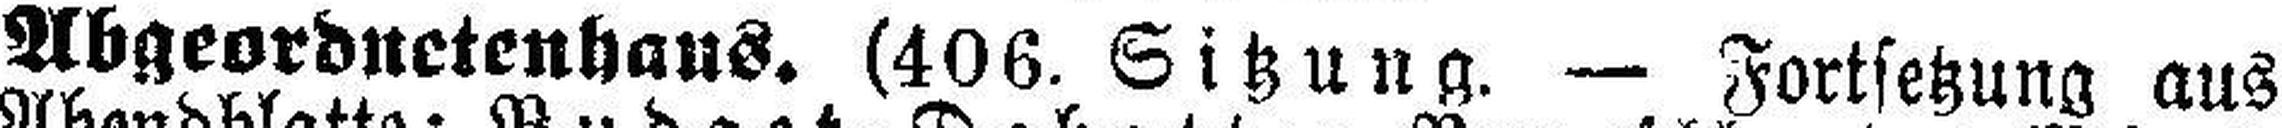
Abgeordnetenhaus. (406. Sitzung. — Fortsetzung aus